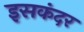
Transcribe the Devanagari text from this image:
इसकंदर